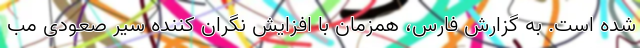
شده است. به گزارش فارس، همزمان با افزایش نگران کننده سیر صعودی مب